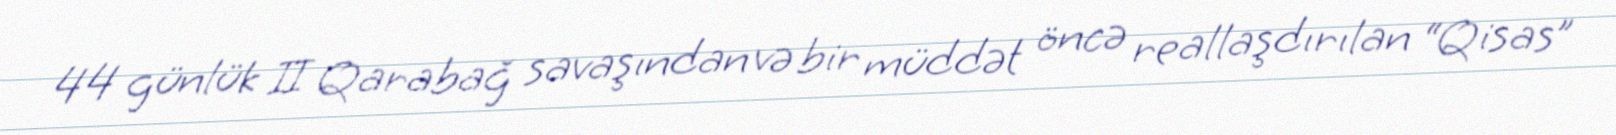
44 günlük II Qarabağ savaşından və bir müddət öncə reallaşdırılan “Qisas”